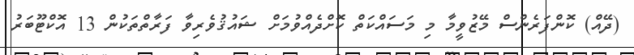
(ދޭއް) ކޮންފަރެންސް މޭޒުވީމާ މި މަސައްކަތް ކޮށްދެއްވުމަށް ޝައުޤުވެރިވާ ފަރާތްތަކުން 13 އޮކްޓޫބަރު